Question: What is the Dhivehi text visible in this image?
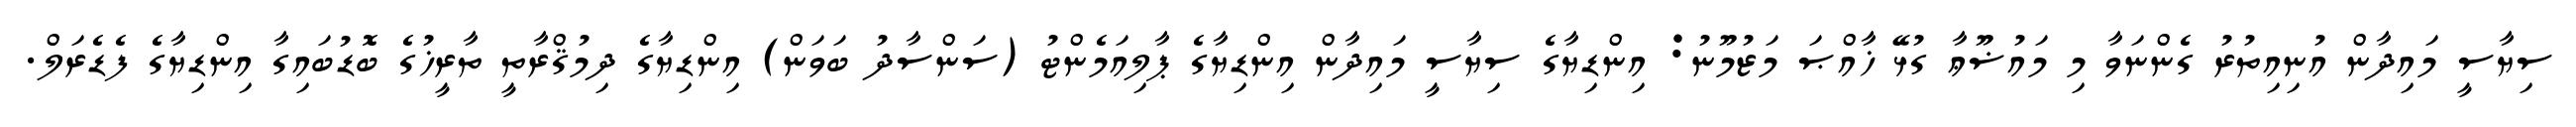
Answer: ސިޔާސީ މައިދާން އުނިއިތުރު ގެންނަވާ މި މައުޟޫޢާ ގުޅޭ ޚާއްޞަ މަޒުމޫނު: އިންޑިޔާގެ ސިޔާސީ މައިދާން އިންޑިޔާގެ ޕާލިއަމެންޓު (ސަންސާދު ބަވަން) އިންޑިޔާގެ ދިމުޤްރާތީ ތާރީޚުގެ ބޮޑުބައިގާ އިންޑިޔާގެ ފެޑެރަލް.